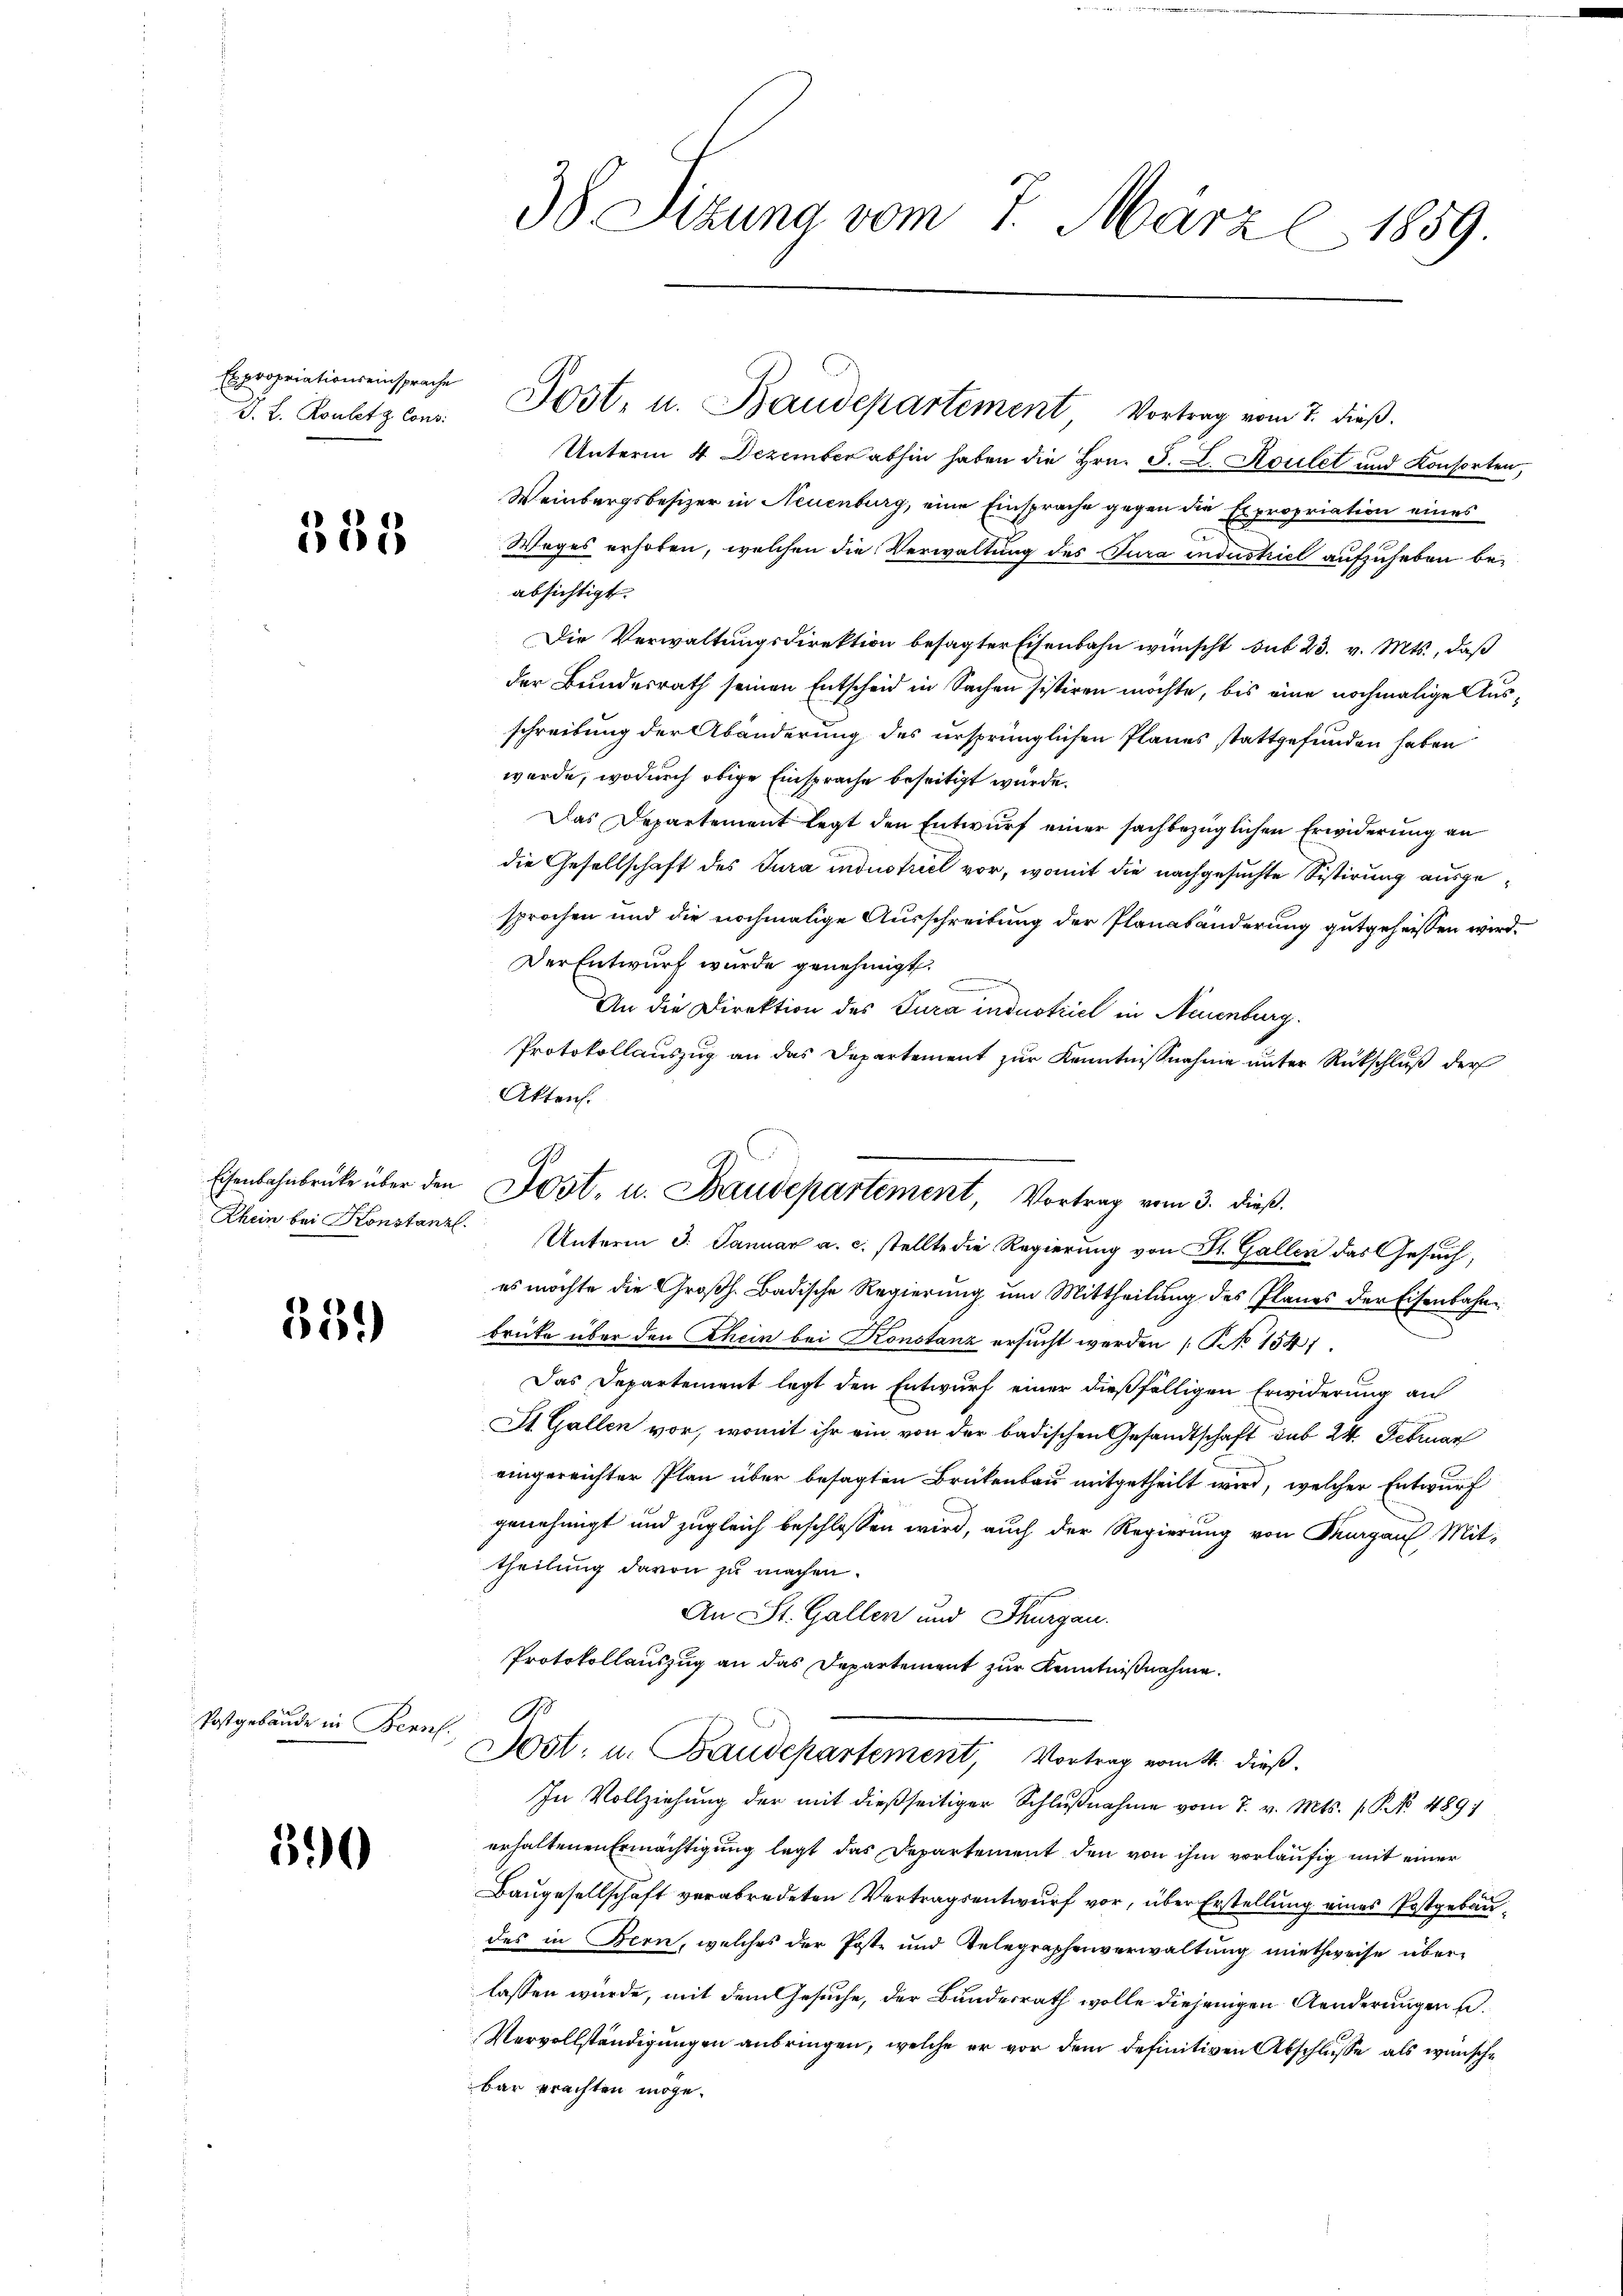
Expropriationseinsprache
J. L. Rouletz Cons.

585

Eisenbahnbrücke über den
Rhein bei Konstanzl

339)

Postgebäude in Bern

390

38 Sizung vom 7. März l. 1859.

Unterm 4. Dezember abhin haben die Hrn. F. L. Koulet und Konsorten,
Weinbergsbesizer in Neuenburg, eine Einsprache gegen die Expropriation eines
Weges erhoben, welchen die Verwaltung des Jura industriel aufzuheben beabsichtigt.
Die Verwaltungsdirektion besagter Eisenbahn wünscht sub 23. v. Mts., daß
der Bundesrath seinen Entscheid in Sachen sistiren möchte, bis eine nochmalige Ausschreibung der Abänderung des ursprünglichen Planes stattgefunden haben
wurde, wodurch obige Einsprache beseitigt wurde.
Das Departement legt den Entwurf einer sachbezüglichen Erwiderung an
die Gesellschaft des Jura industriel vor, womit die nachgesuchte Sistirung ausgesprochen und die nochmalige Ausschreibung der Planabänderung gutgeheissen wird.
Der Entwurf wurde genehmigt.
C
An die Direktion des Tura industriel in Neuenburg.
Protokollauszug an das Departement zur Kenntnißnahme unter Rückschluß der
Akten.
Unterm 3. Januar a. c. stellte die Regierung von St. Gallen das Gesuch,
es möchte die Großh. Badische Regierung um Mittheilung des Planes der Eisenbahnbrücke über den Rhein bei Konstanz ersucht werden No 1541
Das Departement legt den Entwurf einer dießfälligen Erwiderung an
St. Gallen vor, womit ihr ein von der badischen Gesandtschaft sub 24. Februar
eingereichter Plan über besagten Brückenbau mitgetheilt wird, welcher Entwurf
genehmigt und zugleich beschlossen wird, auch der Regierung von Thurgau, Mittheilung davon zu machen.
An St. Gallen und Thurgau.
Protokollauszug an das Departement zur Kenntnißnahme.
A
Jost u. Baudepartement, Vortrag vom 4. dieß.
In Vollziehŭng der mit dießseitiger Schlŭβnahme vom 7. v. Mts. f. P. No. 489
erhaltenen Ermächtigung legt das Departement den von ihm vorläufig mit einer
Baugesellschaft verabredeten Vertragsentwurf vor, über Erstellung eines Postgebaudes in Bern, welches der Poste und Telegraphenverwaltung miethweise überlassen würde, mit dem Gesuche, der Bundesrath wolle diejenigen Aenderungen u.
Vervollständigungen anbringen, welche er vor dem definitiven Abschlusse als wünsche
bar prachten möge.

Jost, u. Baudepartement Vortrag vom 7. dieß.

Jost, u. Baudepartement, Vortrag vom 3. dieß.